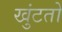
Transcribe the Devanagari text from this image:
खुंटतो